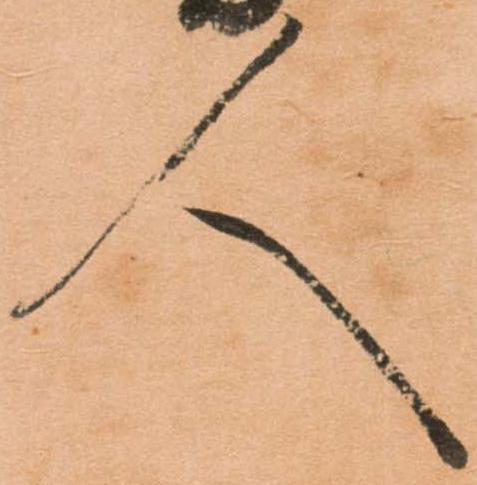
人